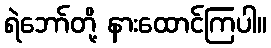
ရဲဘော်တို့ နားထောင်ကြပါ။